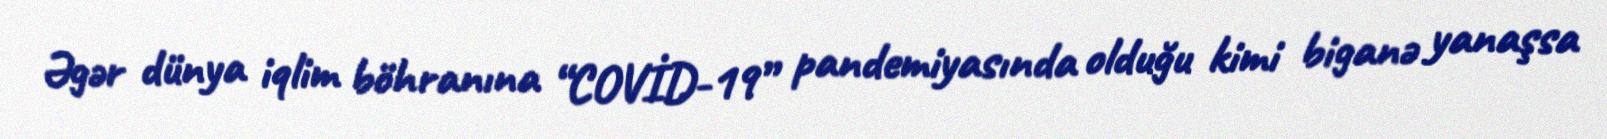
Əgər dünya iqlim böhranına “COVİD-19” pandemiyasında olduğu kimi biganə yanaşsa